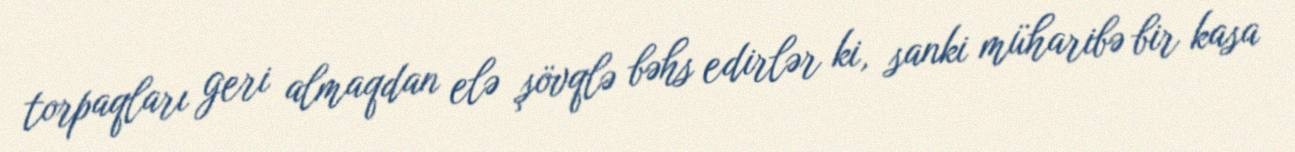
torpaqları geri almaqdan elə şövqlə bəhs edirlər ki, sanki müharibə bir kasa